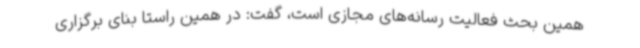
همین بحث فعالیت‌ رسانه‌های مجازی است، گفت: در همین راستا بنای برگزاری